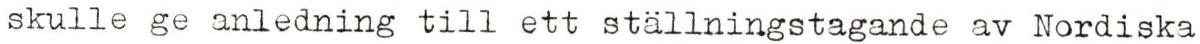
skulle ge anledning till ett stallningstagande av Nordiska